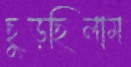
ছুড়ছিলাম